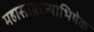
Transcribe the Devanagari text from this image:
महासाम्राज्याभिषेक